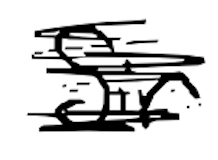
Text: Sir
Cross-out: scratch
Writing tool: digital_black